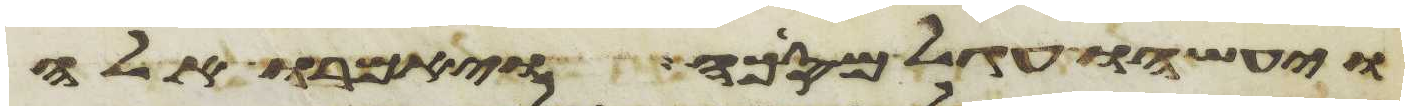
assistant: ויעשהו עגל מסכה ויאמרו אלה